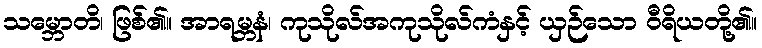
သမ္ဘောတိ၊ ဖြစ်၏။ အာရမ္ဘနံ၊ ကုသိုလ်အကုသိုလ်ကံနှင့် ယှဉ်သော ဝီရိယတို့၏။